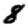
Digit: 8